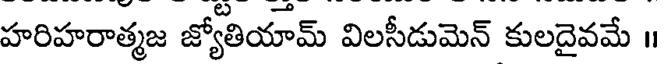
హరిహరాత్మజ జ్యోతియామ్ విలసీడుమెన్ కులదైవమే ॥